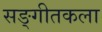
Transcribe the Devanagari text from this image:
सङ्गीतकला